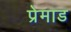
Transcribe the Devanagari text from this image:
प्रेमाड